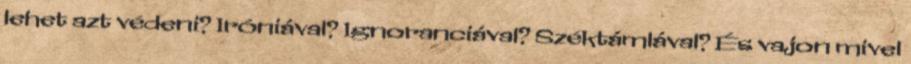
lehet azt védeni? Iróniával? Ignoranciával? Széktámlával? És vajon mivel